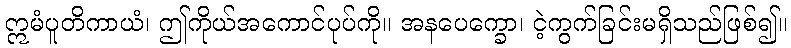
ဣမံပူတိကာယံ၊ ဤကိုယ်အကောင်ပုပ်ကို။ အနပေက္ခော၊ ငဲ့ကွက်ခြင်းမရှိသည်ဖြစ်၍။